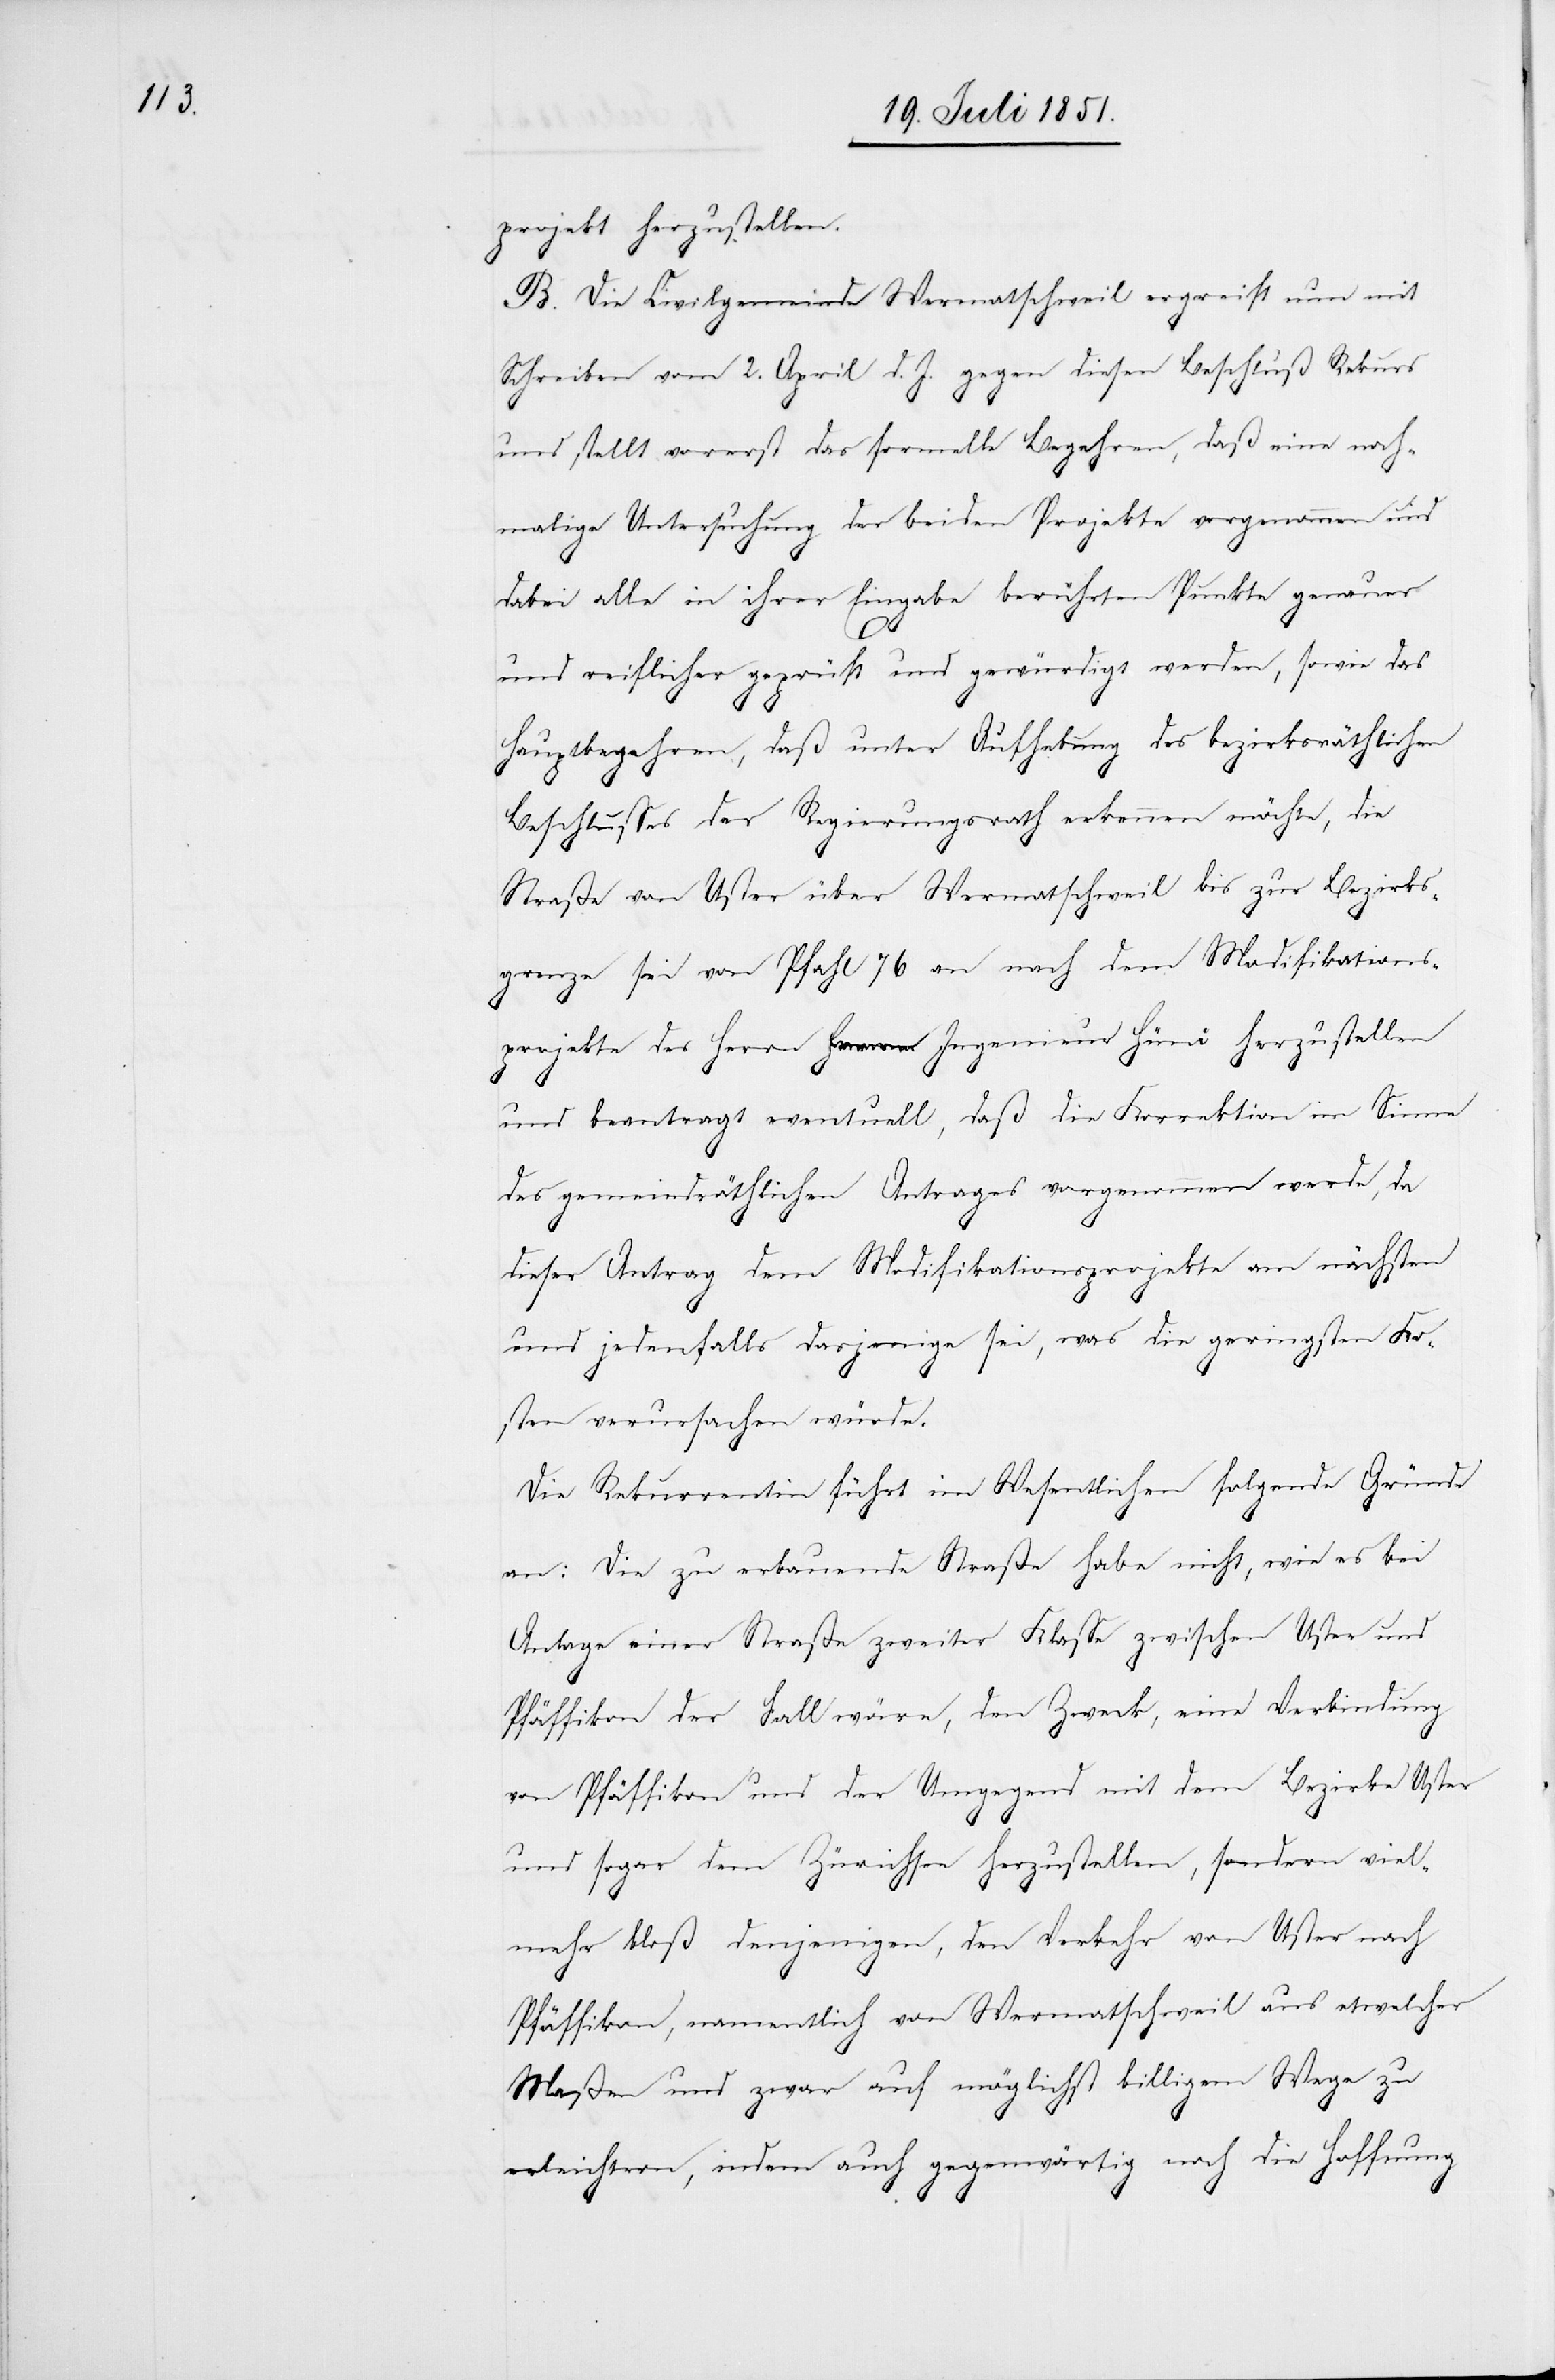
projekt herzustellen.
B. Die Civilgemeinde Wermatschweil ergreift nun mit
Schreiben vom 2. April d. J. gegen diesen Beschluß Rekurs
und stellt vorerst das formelle Begehren, daß eine noch¬
malige Untersuchung der beiden Projekte vorgenommen und
dabei alle in ihrer Eingabe berührten Punkte genauer
und reiflicher geprüft und gewürdigt werden, sowie das
Hauptbegehren, daß unter Aufhebung des bezirksräthlichen
Beschlusses der Regierungsrath erkennen möchte, die
Straße von Uster über Wermatschweil bis zur Bezirks¬
grenze sei von Pfahl 76 an nach dem Modifikations¬
projekte des Herrn Ingenieur Hüni herzustellen
und beantragt eventuell, daß die Korrektion im Sinne
des gemeindräthlichen Antrages vorgenommen werde, da
dieser Antrag dem Modifikationsprojekte am nächsten
und jedenfalls dasjenige sei, was die geringsten Ko¬
sten verursachen würde.
Die Rekurrentin führt im Wesentlichen folgende Gründe
an: Die zu erbauende Straße habe nicht, wie es bei
Anlage einer Straße zweiter Klasse zwischen Uster und
Pfäffikon der Fall wäre, den Zweck, eine Verbindung
von Pfäffikon und der Umgegend mit dem Bezirke Uster
und sogar dem Zürichsee herzustellen, sondern viel¬
mehr bloß denjenigen, den Verkehr von Uster nach
Pfäffikon, namentlich von Wermatschweil aus etwelcher
Maßen und zwar auf möglichst billigem Wege zu
erleichtern, indem auch gegenwärtig noch die Hoffnung